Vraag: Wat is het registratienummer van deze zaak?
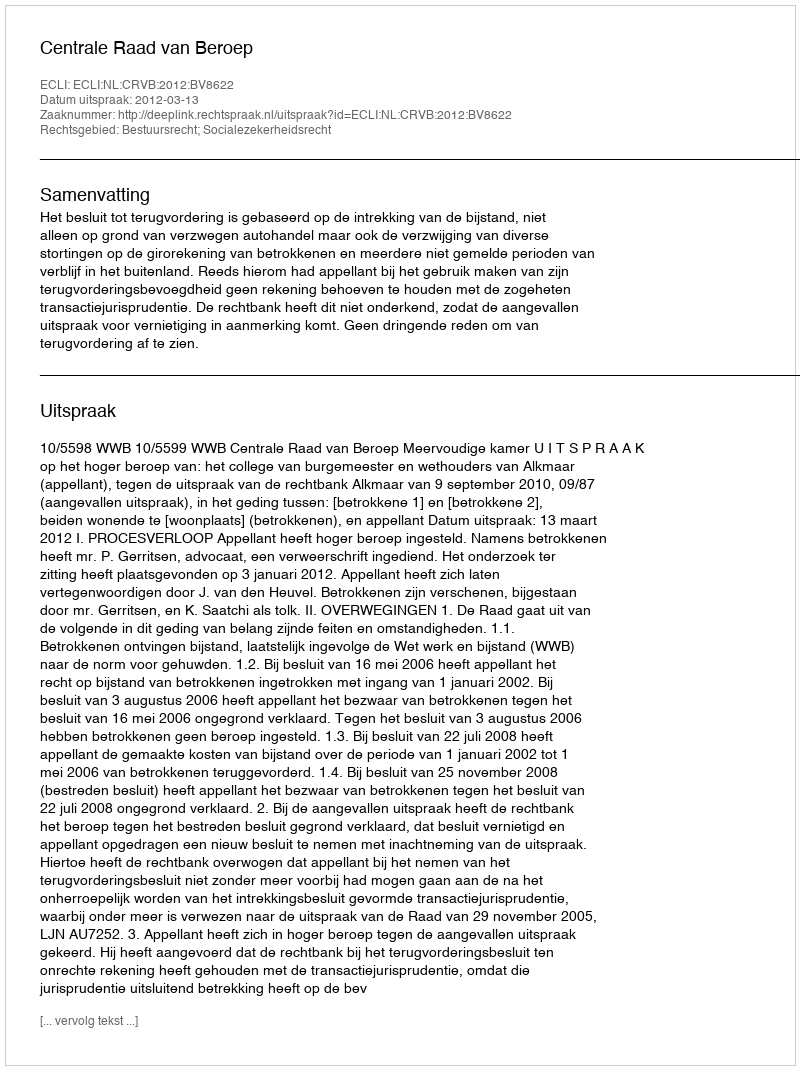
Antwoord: http://deeplink.rechtspraak.nl/uitspraak?id=ECLI:NL:CRVB:2012:BV8622